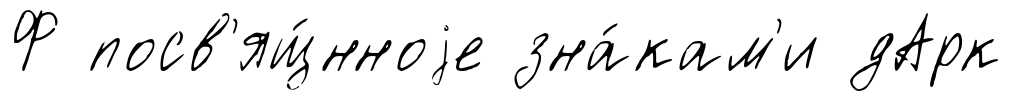
Ф посв'ящ́нноjе зна́кам'и дАрк